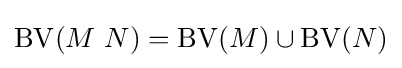
\operatorname {BV} (M\ N)=\operatorname {BV} (M)\cup \operatorname {BV} (N)